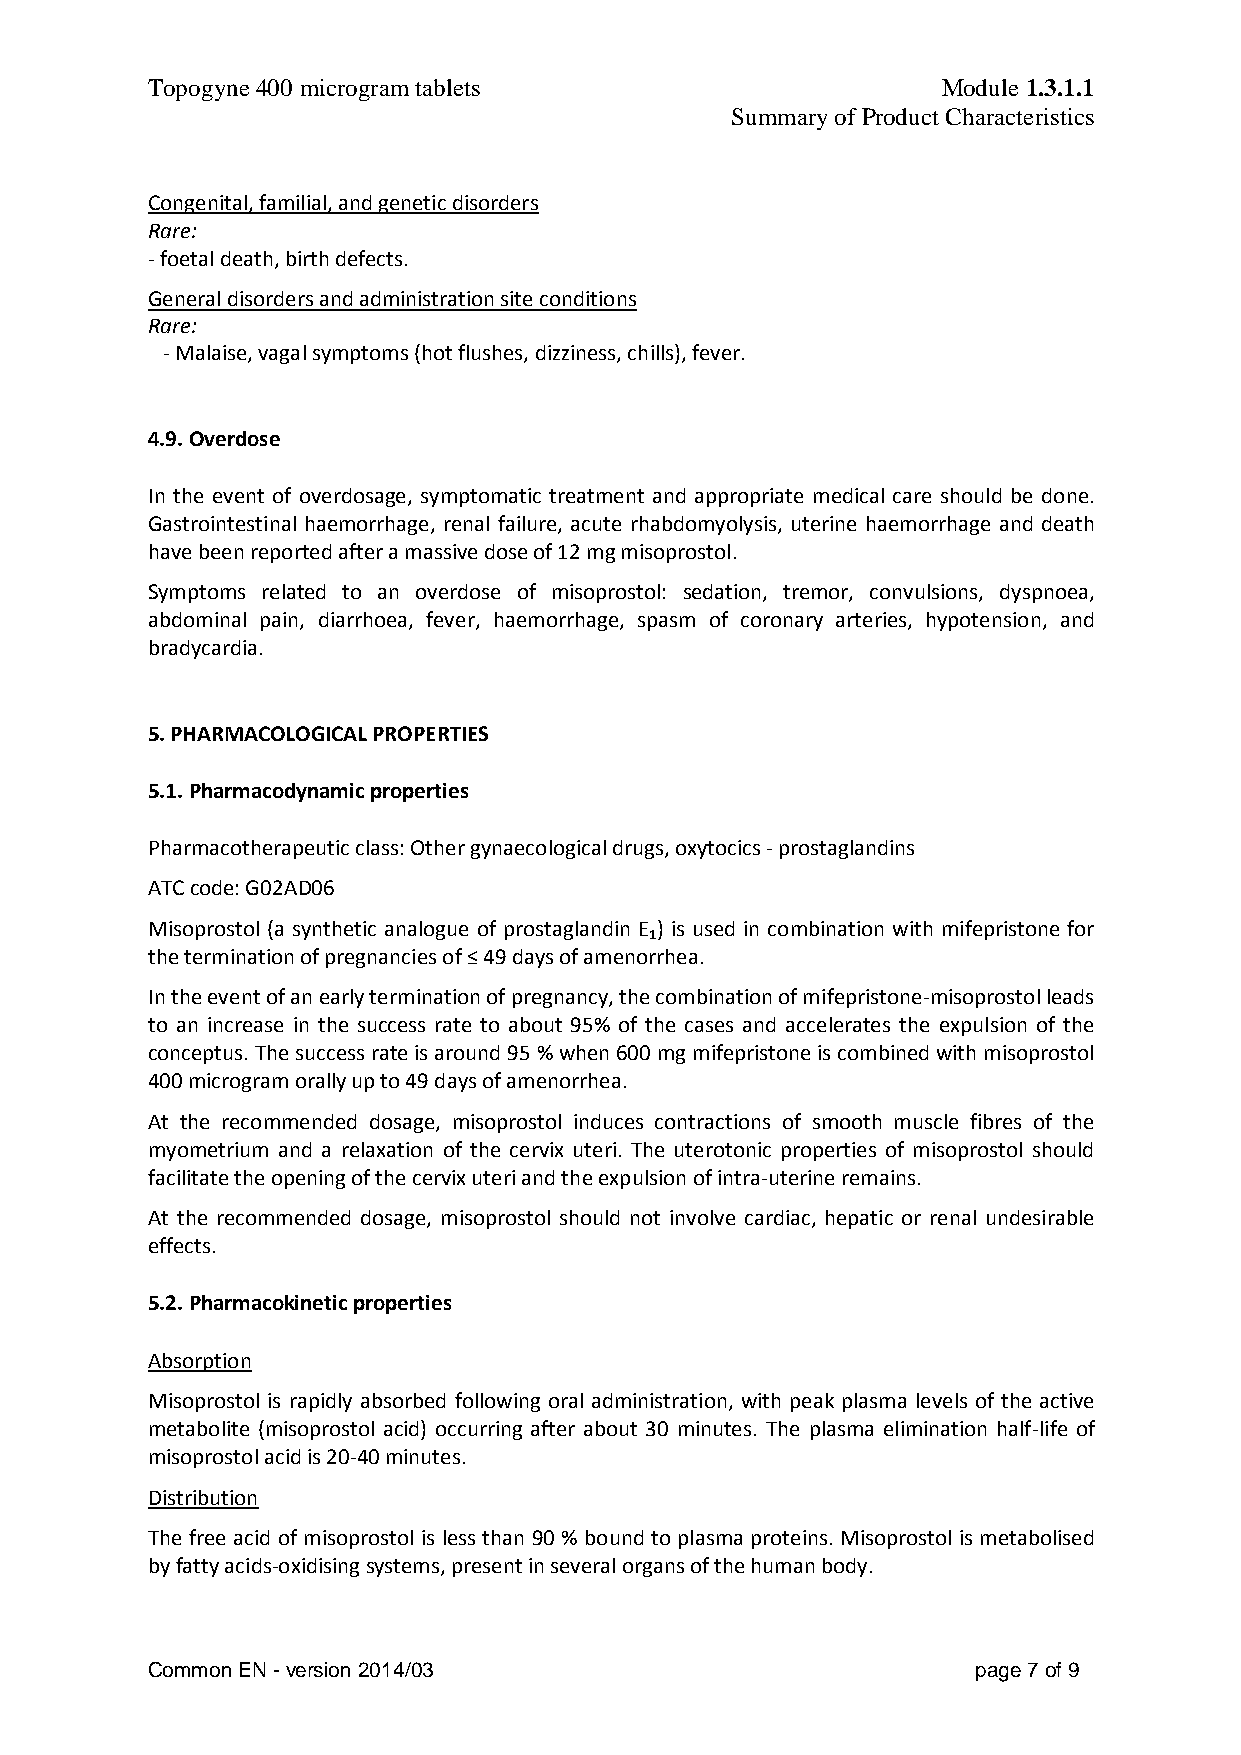
Topogyne 400 microgram tablets                      Module 1.3.1.1
 Summary of Product Characteristics
 Congenital, familial, and genetic disorders
 Rare:
 - foetal death, birth defects.
 General disorders and administration site conditions
 Rare:
 - Malaise, vagal symptoms (hot flushes, dizziness, chills), fever.
 4.9. Overdose
 In the event of overdosage, symptomatic treatment and appropriate medical care should be done.
 Gastrointestinal haemorrhage, renal failure, acute rhabdomyolysis, uterine haemorrhage and death
 have been reported after a massive dose of 12 mg misoprostol.
 Symptoms related to an overdose of misoprostol: sedation, tremor, convulsions, dyspnoea,
 abdominal pain, diarrhoea, fever, haemorrhage, spasm of coronary arteries, hypotension, and
 bradycardia.
 5. PHARMACOLOGICAL PROPERTIES
 5.1. Pharmacodynamic properties
 Pharmacotherapeutic class: Other gynaecological drugs, oxytocics - prostaglandins
 ATC code: G02AD06
 Misoprostol (a synthetic analogue of prostaglandin E ) is used in combination with mifepristone for
 1
 the termination of pregnancies of ≤ 49 days of amenorrhea.
 In the event of an early termination of pregnancy, the combination of mifepristone-misoprostol leads
 to an increase in the success rate to about 95% of the cases and accelerates the expulsion of the
 conceptus. The success rate is around 95 % when 600 mg mifepristone is combined with misoprostol
 400 microgram orally up to 49 days of amenorrhea.
 At the recommended dosage, misoprostol induces contractions of smooth muscle fibres of the
 myometrium and a relaxation of the cervix uteri. The uterotonic properties of misoprostol should
 facilitate the opening of the cervix uteri and the expulsion of intra-uterine remains.
 At the recommended dosage, misoprostol should not involve cardiac, hepatic or renal undesirable
 effects.
 5.2. Pharmacokinetic properties
 Absorption
 Misoprostol is rapidly absorbed following oral administration, with peak plasma levels of the active
 metabolite (misoprostol acid) occurring after about 30 minutes. The plasma elimination half-life of
 misoprostol acid is 20-40 minutes.
 Distribution
 The free acid of misoprostol is less than 90 % bound to plasma proteins. Misoprostol is metabolised
 by fatty acids-oxidising systems, present in several organs of the human body.
 Common EN - version 2014/03                            page 7 of 9